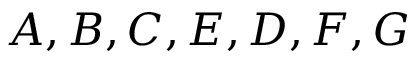
A , B , C , E , D , F , G